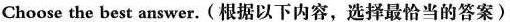
Choose the best answer.(根据以下内容,选择最恰当的答案)